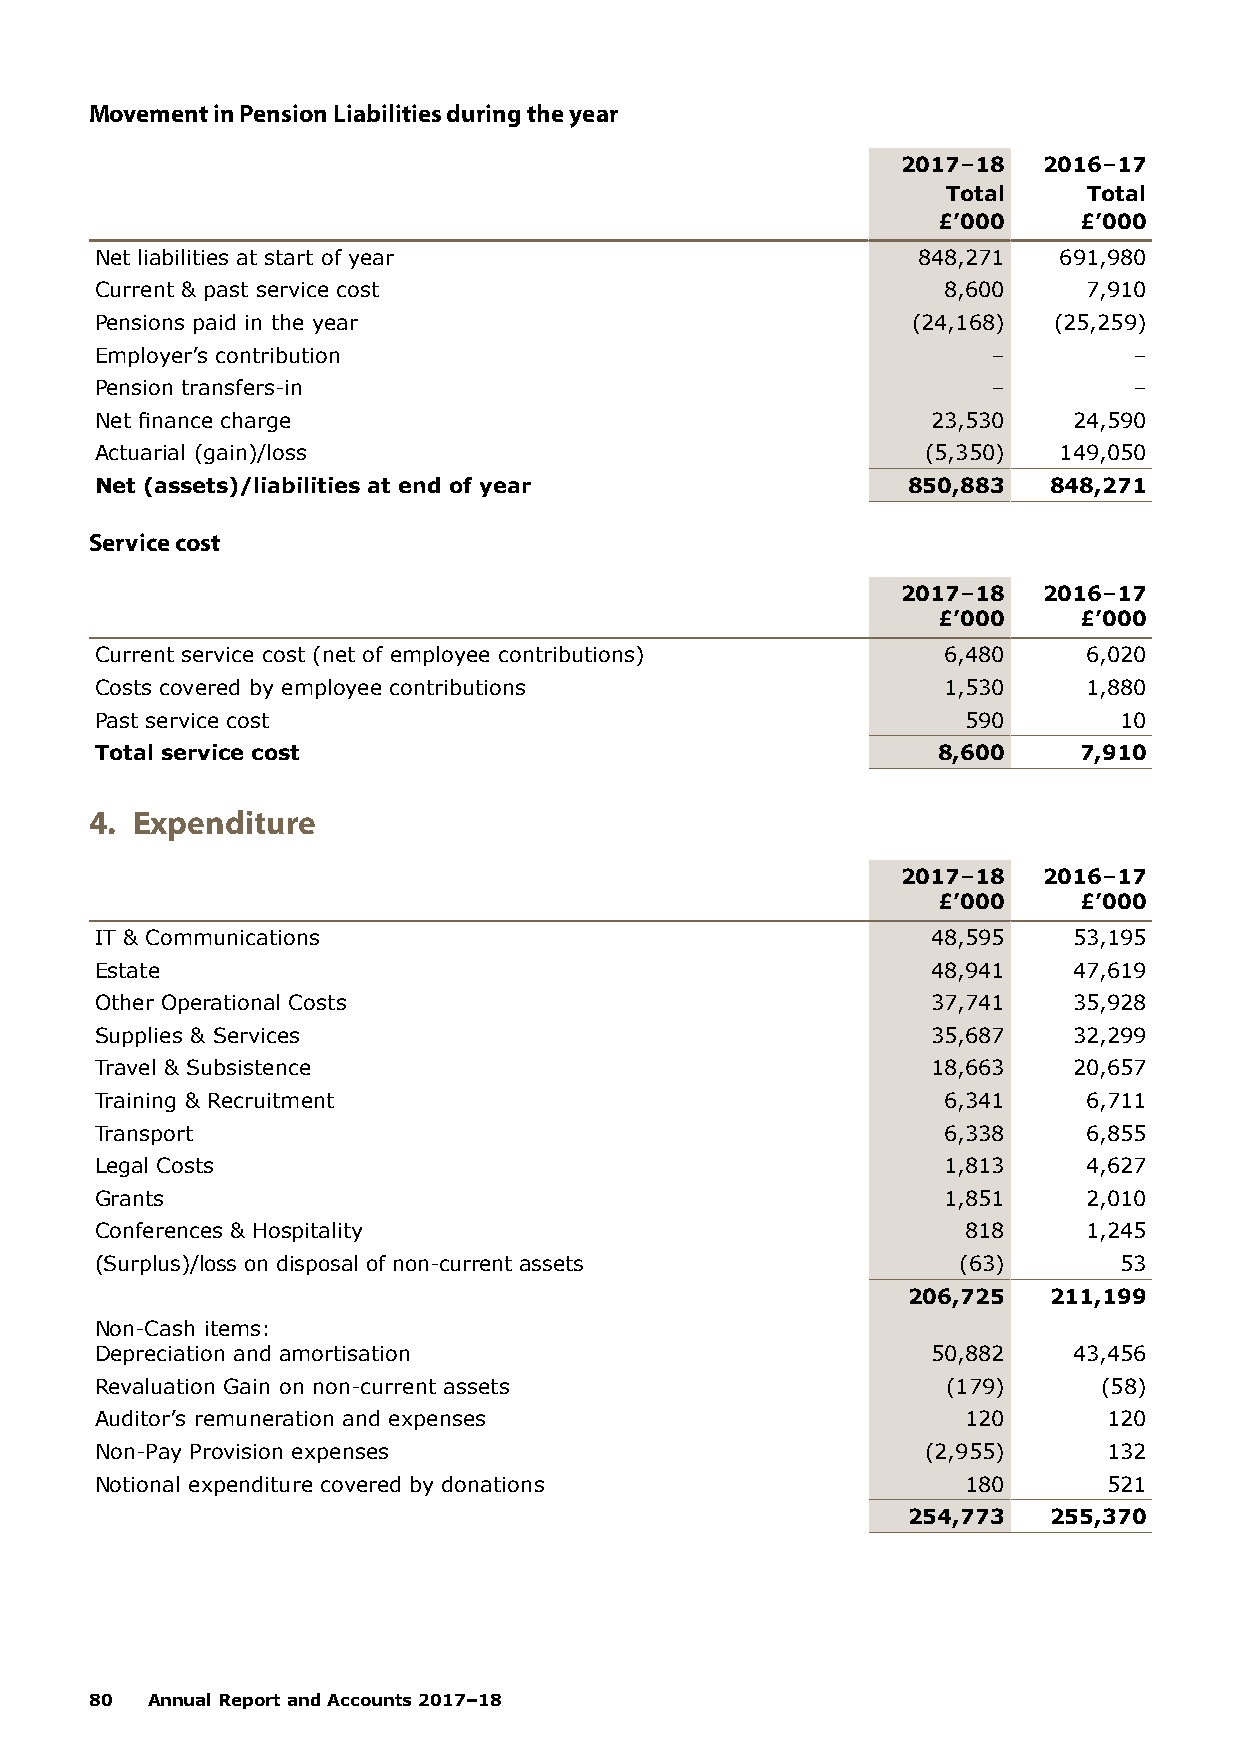
Movement in Pension Liabilities during the year
 2017–18  2016–17
 Total    Total
 £’000    £’000
 Net liabilities at start of year                       848,271  691,980
 Current & past service cost                             8,600     7,910
 Pensions paid in the year                             (24,168)  (25,259)
 Employer’s contribution                                     –        –
 Pension transfers-in                                        –        –
 Net finance charge                                      23,530   24,590
 Actuarial (gain)/loss                                  (5,350)  149,050
 Net (assets)/liabilities at end of year               850,883  848,271
 Service cost
 2017–18  2016–17
 £’000    £’000
 Current service cost (net of employee contributions)    6,480     6,020
 Costs covered by employee contributions                 1,530     1,880
 Past service cost                                         590       10
 Total service cost                                      8,600    7,910
 4. Expenditure
 2017–18  2016–17
 £’000    £’000
 IT & Communications                                     48,595   53,195
 Estate                                                  48,941   47,619
 Other Operational Costs                                 37,741   35,928
 Supplies & Services                                     35,687   32,299
 Travel & Subsistence                                    18,663   20,657
 Training & Recruitment                                  6,341     6,711
 Transport                                               6,338     6,855
 Legal Costs                                             1,813     4,627
 Grants                                                  1,851     2,010
 Conferences & Hospitality                                 818     1,245
 (Surplus)/loss on disposal of non-current assets         (63)       53
 206,725  211,199
 Non-Cash items:
 Depreciation and amortisation                           50,882   43,456
 Revaluation Gain on non-current assets                   (179)     (58)
 Auditor’s remuneration and expenses                       120      120
 Non-Pay Provision expenses                             (2,955)     132
 Notional expenditure covered by donations                 180      521
 254,773  255,370
 80  Annual Report and Accounts 2017–18